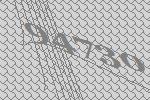
94730